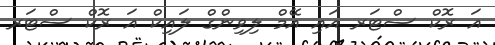
އަ ރޮކް ސްޓަރ އައި އޭމް ލިވިންގް ލައިކް އަ ރޮކް ސްޓަރ